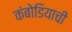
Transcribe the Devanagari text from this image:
कंबोडियाची